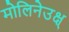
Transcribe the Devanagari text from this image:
मोलिनेउक्ष्